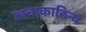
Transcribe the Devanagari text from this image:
त्वचाकाठिन्य